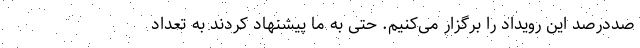
صددرصد این رویداد را برگزار می‌کنیم. حتی به ما پیشنهاد کردند به تعداد